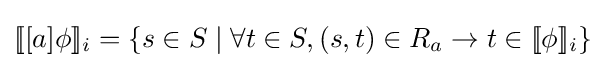
[\![[a]\phi ]\!]_{i}=\{s\in S\mid \forall t\in S,(s,t)\in R_{a}\rightarrow t\in [\![\phi ]\!]_{i}\}